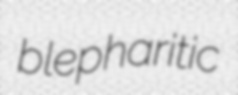
blepharitic